Scottish Leaving Certificate Examination, 1954
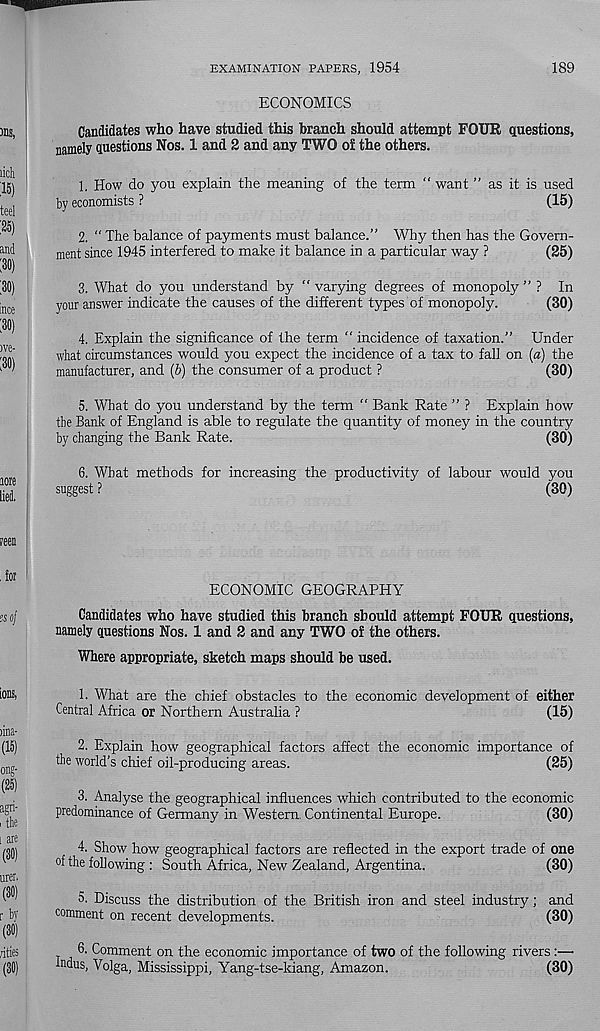
EXAMINATION PAPERS, 1954
189
ECONOMICS
Candidates who have studied this branch should attempt FOUR questions,
namely questions Nos. 1 and 2 and any TWO of the others.
1. How do you explain the meaning of the term “ want ” as it is used
by economists ?
(15)
2. “ The balance of payments must balance.” Why then has the Govern-
ment since 1945 interfered to make it balance in a particular way ?
(25)
3. What do you understand by " varying degrees of monopoly ” ? In
your answer indicate the causes of the different types of monopoly.
(30)
4. Explain the significance of the term “ incidence of taxation.” Under
what circumstances would you expect the incidence of a tax to fall on (a) the
manufacturer, and (b) the consumer of a product ?
(30)
5. What do you understand by the term " Bank Rate ” ? Explain how
the Bank of England is able to regulate the quantity of money in the country
by changing the Bank Rate.
(30)
6. What methods for increasing the productivity of labour would you
suggest ?
(30)
ECONOMIC GEOGRAPHY
Candidates who have studied this branch should attempt FOUR questions,
namely questions Nos. 1 and 2 and any TWO of the others.
Where appropriate, sketch maps should be used.
1. What are the chief obstacles to the economic development of either
Central Africa or Northern Australia ?
(15)
2. Explain how geographical factors affect the economic importance of
the world’s chief oil-producing areas.
(25)
3. Analyse the geographical influences which contributed to the economic
predominance of Germany in Western. Continental Europe.
(30)
4. Show how geographical factors are reflected in the export trade of one
of the following : South Africa, New Zealand, Argentina.
(30)
5- Discuss the distribution of the British iron and steel industry; and
comment on recent developments.
(30)
6. Comment on the economic importance of two of the following rivers:—
Indus, Volga, Mississippi, Yang-tse-kiang, Amazon.
(30)